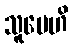
သူပေဟိ